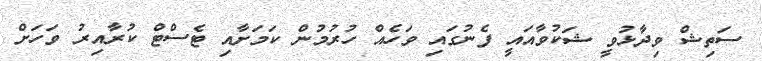
ސަތިޝް ވިދާޅުވީ ޝަކުވާއައީ ފެނުގައި ވަހެއް ހުރުމުން ކަމަށާއި ޓެސްޓް ކުރާއިރު ވަހަށް